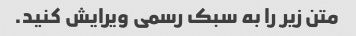
متن زیر را به سبک رسمی ویرایش کنید.